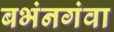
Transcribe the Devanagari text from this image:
बभंनगंवा